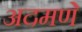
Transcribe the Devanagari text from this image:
अदमणे